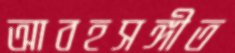
আবহসঙ্গীত